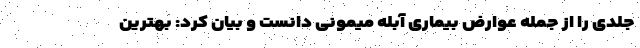
جلدی را از جمله عوارض بیماری آبله میمونی دانست و بیان کرد: بهترین